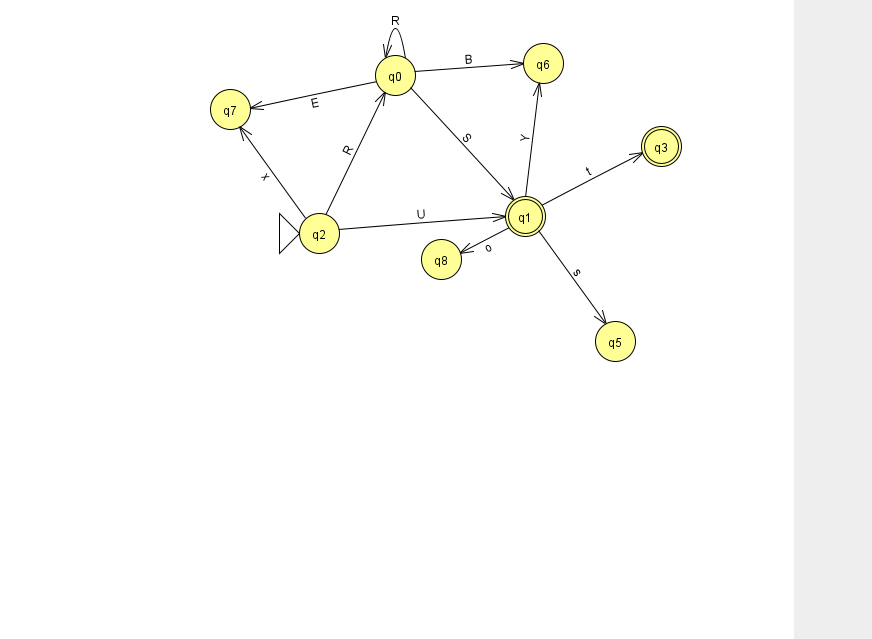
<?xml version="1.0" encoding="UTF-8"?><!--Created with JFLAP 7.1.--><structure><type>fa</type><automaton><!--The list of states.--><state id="0" name="q0"><x>395.0</x><y>62.0</y></state><state id="1" name="q1"><x>525.0</x><y>203.0</y><final/></state><state id="2" name="q2"><x>319.0</x><y>220.0</y><initial/></state><state id="3" name="q3"><x>661.0</x><y>133.0</y><final/></state><state id="5" name="q5"><x>615.0</x><y>328.0</y></state><state id="6" name="q6"><x>543.0</x><y>50.0</y></state><state id="7" name="q7"><x>230.0</x><y>96.0</y></state><state id="8" name="q8"><x>441.0</x><y>246.0</y></state><!--The list of transitions.--><transition><from>1</from><to>5</to><read>s</read></transition><transition><from>0</from><to>7</to><read>E</read></transition><transition><from>0</from><to>0</to><read>R</read></transition><transition><from>0</from><to>6</to><read>B</read></transition><transition><from>0</from><to>1</to><read>S</read></transition><transition><from>2</from><to>0</to><read>R</read></transition><transition><from>1</from><to>8</to><read>o</read></transition><transition><from>2</from><to>1</to><read>U</read></transition><transition><from>1</from><to>3</to><read>t</read></transition><transition><from>1</from><to>6</to><read>Y</read></transition><transition><from>2</from><to>7</to><read>x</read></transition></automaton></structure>